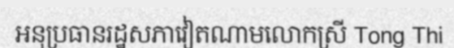
អនុប្រធានរដ្ឋសភាវៀតណាមលោកស្រី Tong Thi